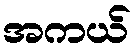
အကယ်